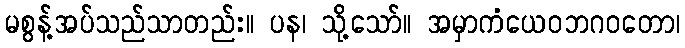
မစွန့်အပ်သည်သာတည်း။ ပန၊ သို့သော်။ အမှာကံယေဝဘဂဝတော၊